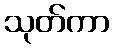
သုတ်ကာ